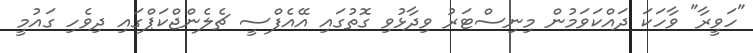
"ހަވީރާ" ވާހަކަ ދައްކަވަމުން މިނިސްޓަރު ވިދާޅުވި ގޮތުގައި އޭއެފްސީ ޗެލެންޖްކަޕްގައި ދިވެހި ގައުމީ